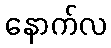
နောက်လ